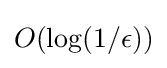
O(\log(1/\epsilon ))